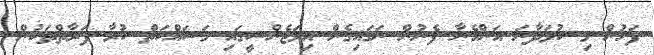
ފަހުން މި ކުޅަދާނަ އަންހެނާ ފެނުން ނަގައިގެން އިމަޖެންސީގައި މަސައްކަތް ކުރާ ފަރާތްތަކުން